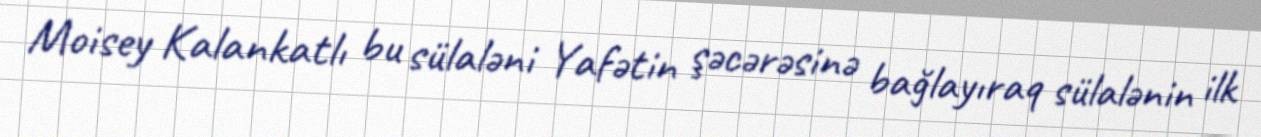
Moisey Kalankatlı bu sülaləni Yafətin şəcərəsinə bağlayıraq sülalənin ilk